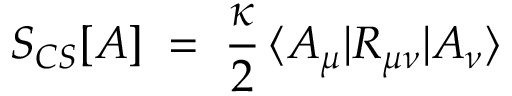
S _ { C S } [ A ] \; = \; \frac { \kappa } { 2 } \, \langle A _ { \mu } | R _ { \mu \nu } | A _ { \nu } \rangle